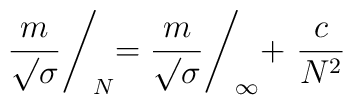
{m \over {\surd\sigma}}\Biggl/_{\!N}={m \over {\surd\sigma}}\Biggl/_{\!\infty}+ \ {c\over{N^2}}